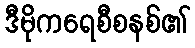
ဒီမိုကရေစီစနစ်၏